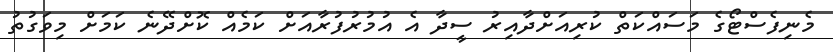
މެނިފެސްޓޯގެ މަސައްކަތް ކުރިއަށްދާއިރު ސީދާ އެ އުމުރުފުރާއަށް ކަމެއް ކޮށްދޭނެ ކަމަށް މިވަގުތު